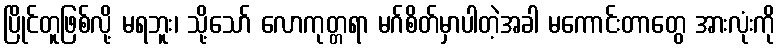
ပြိုင်တူဖြစ်လို့ မရဘူး၊ သို့သော် လောကုတ္တရာ မဂ်စိတ်မှာပါတဲ့အခါ မကောင်းတာတွေ အားလုံးကို